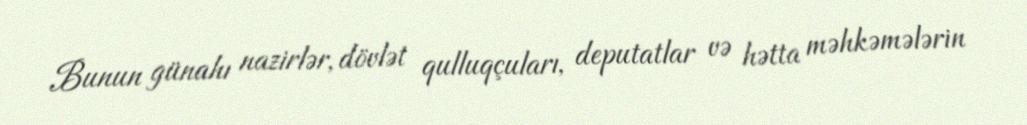
Bunun günahı nazirlər, dövlət qulluqçuları, deputatlar və hətta məhkəmələrin